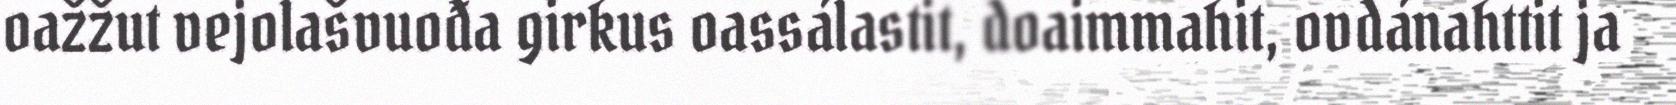
oažžut vejolašvuođa girkus oassálastit, doaimmahit, ovdánahttit ja